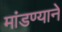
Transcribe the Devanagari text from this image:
मांडण्याने